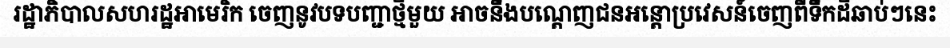
រដ្ឋាភិបាលសហរដ្ឋអាមេរិក ចេញនូវបទបញ្ជាថ្មីមួយ អាចនឹងបណ្តេញជនអន្តោប្រវេសន៍ចេញពីទឹកដីឆាប់ៗនេះ